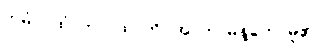
ဣမံ ဂါထံ၊ ဤဂါထာကို။ အာဟ၊ မိန့်တော်မူ၏။